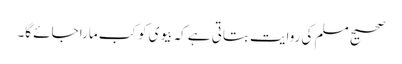
صحیح مسلم کی روایت بتاتی ہے کہ بیوی کو کب مارا جائے گا۔